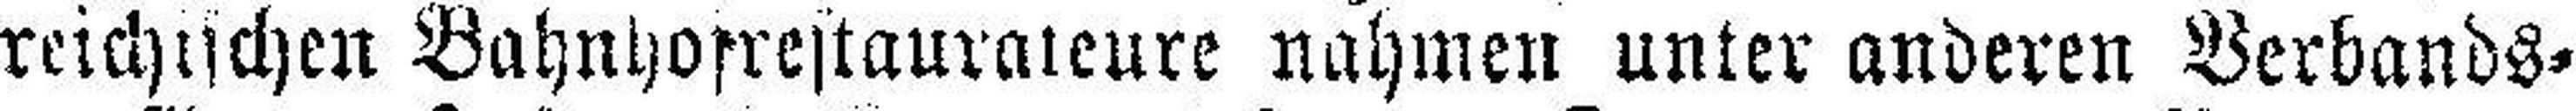
reichischen Bahnho###restaurateure nahmen unter anderen Berbands¬